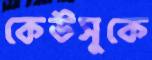
কেউসুকে